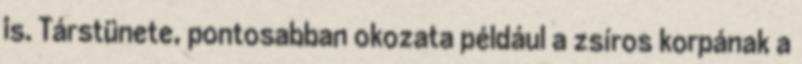
is. Társtünete, pontosabban okozata például a zsíros korpának a